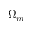
\Omega _ { m }